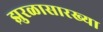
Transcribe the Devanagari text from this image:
झुरळासारख्या